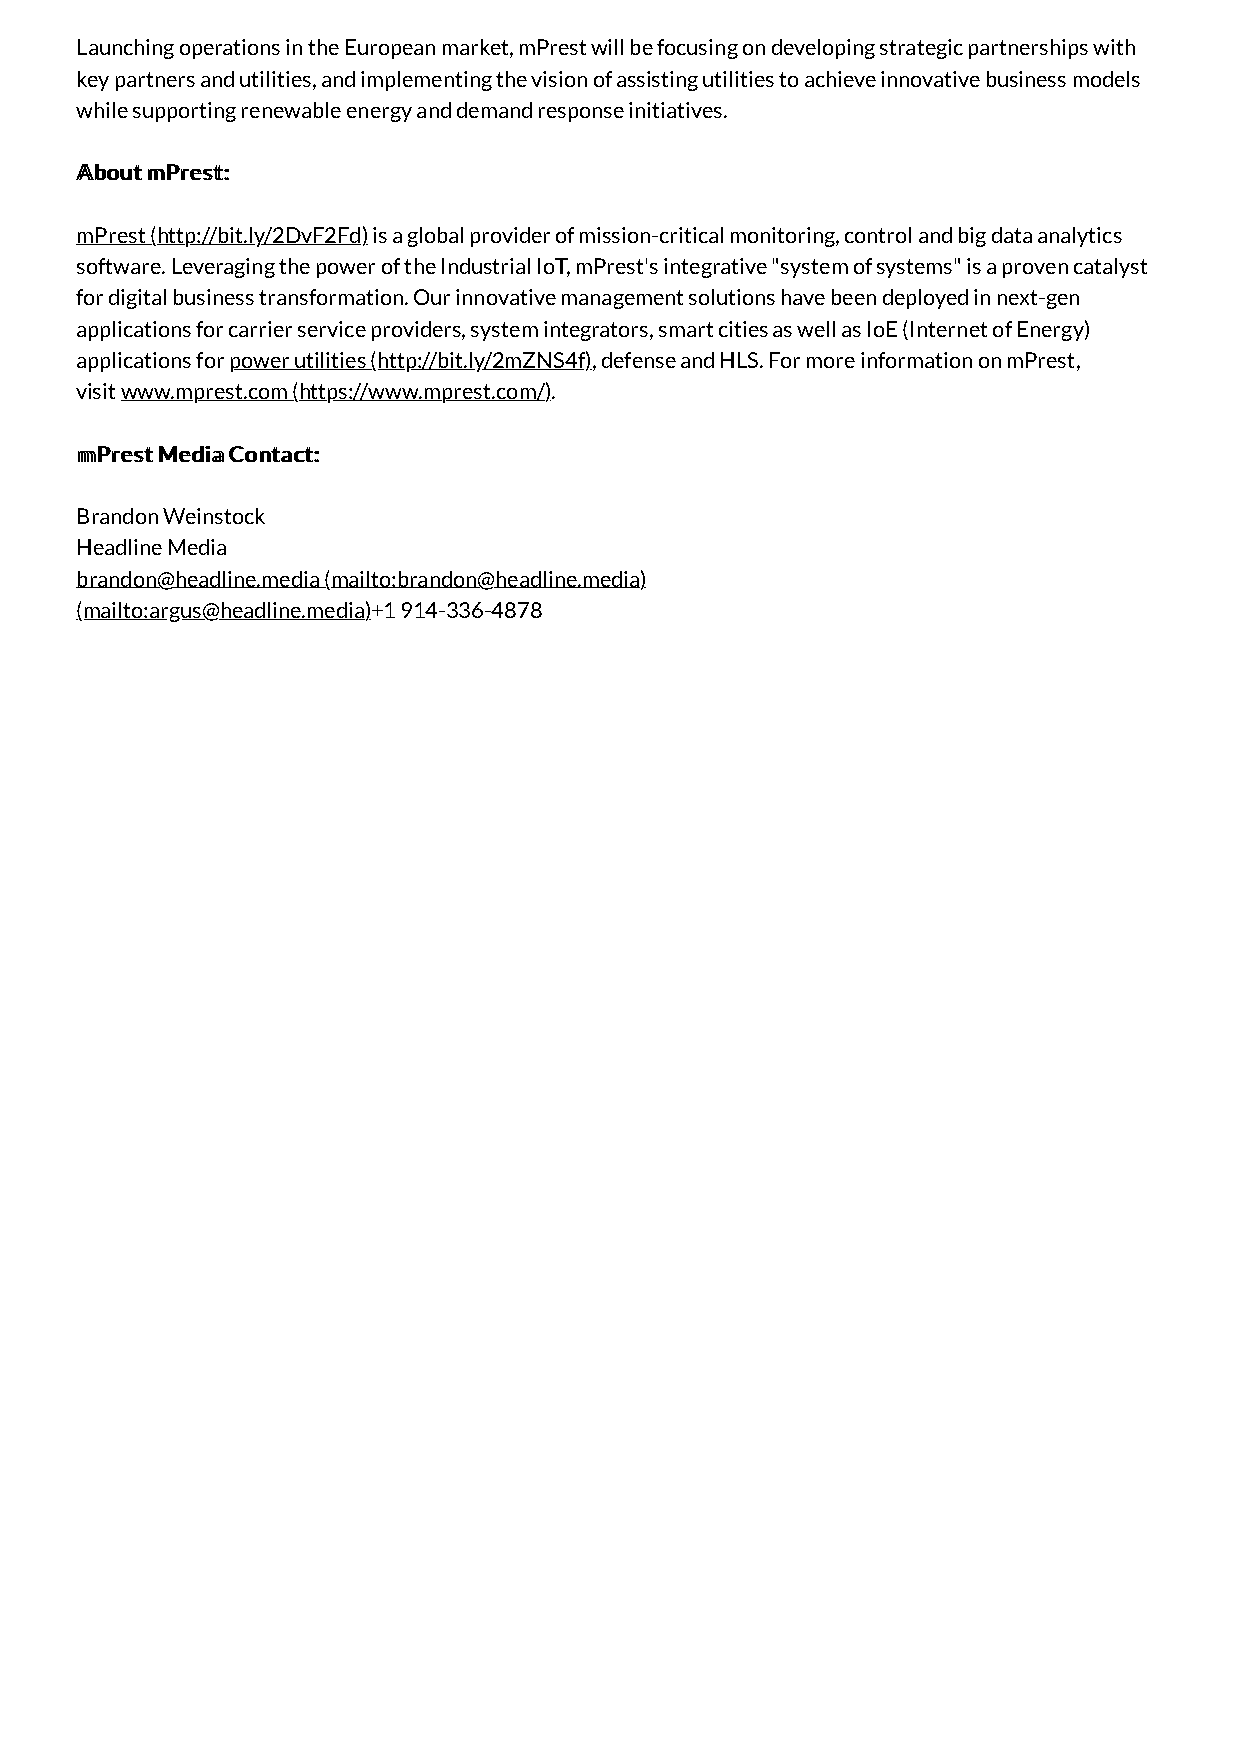
Launching operations in the European market, mPrest will be focusing on developing strategic partnerships with
 key partners and utilities, and implementing the vision of assisting utilities to achieve innovative business models
 while supporting renewable energy and demand response initiatives.
 AAbboouutt mmPPrreesstt::
 mPrest (http://bit.ly/2DvF2Fd) is a global provider of mission-critical monitoring, control and big data analytics
 software. Leveraging the power of the Industrial IoT, mPrest's integrative "system of systems" is a proven catalyst
 for digital business transformation. Our innovative management solutions have been deployed in next-gen
 applications for carrier service providers, system integrators, smart cities as well as IoE (Internet of Energy)
 applications for power utilities (http://bit.ly/2mZNS4f), defense and HLS. For more information on mPrest,
 visit www.mprest.com (https://www.mprest.com/).
 mmPPrreesstt MMeeddiiaa CCoonnttaacctt::
 Brandon Weinstock
 Headline Media
 brandon@headline.media (mailto:brandon@headline.media)
 (mailto:argus@headline.media)+1 914-336-4878